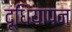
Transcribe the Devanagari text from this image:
दूधियापन